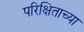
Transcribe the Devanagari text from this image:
परिक्षिताच्या